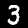
Label: 3